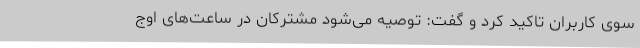
سوی کاربران تاکید کرد و گفت: توصیه می‌شود مشترکان در ساعت‌های اوج